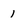
Character: l